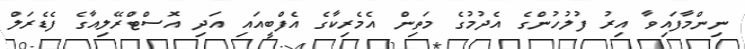
ނިންމާފައިވާ އިރު ފުލުހުންގެ އެދުމުގެ މަތިން އެމެރިކާގެ އެފްބީއައި އަދި އޮސްޓްރޭލިއާގެ ފެޑެރަލް